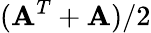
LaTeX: (\mathbf{A}^{T}+\mathbf{A})/2